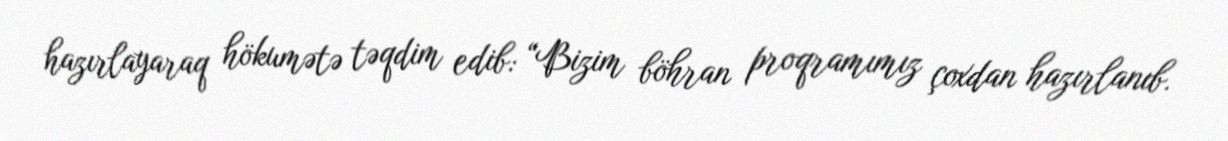
hazırlayaraq hökumətə təqdim edib: “Bizim böhran proqramımız çoxdan hazırlanıb.